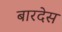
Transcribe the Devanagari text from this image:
बारदेस